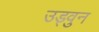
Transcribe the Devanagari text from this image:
उड्वुन